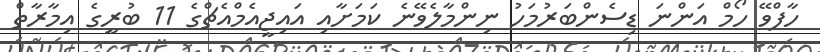
ހާފްވޭ ހޯމް އަންނަ ޑިސެންބަރުމަހު ނިންމާލެވޭނެ ކަމަށާއި އައިޖީއެމްއެޗްގެ 11 ބުރީގެ އިމާރާތް